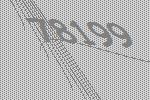
78199